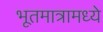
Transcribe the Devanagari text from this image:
भूतमात्रामध्ये